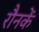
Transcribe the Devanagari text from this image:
रौनकें